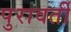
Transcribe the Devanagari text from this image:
पुरावर्ती